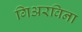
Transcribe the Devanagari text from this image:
गिअरविना